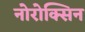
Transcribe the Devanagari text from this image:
नोरोक्सिन